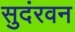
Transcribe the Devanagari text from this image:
सुदंरवन